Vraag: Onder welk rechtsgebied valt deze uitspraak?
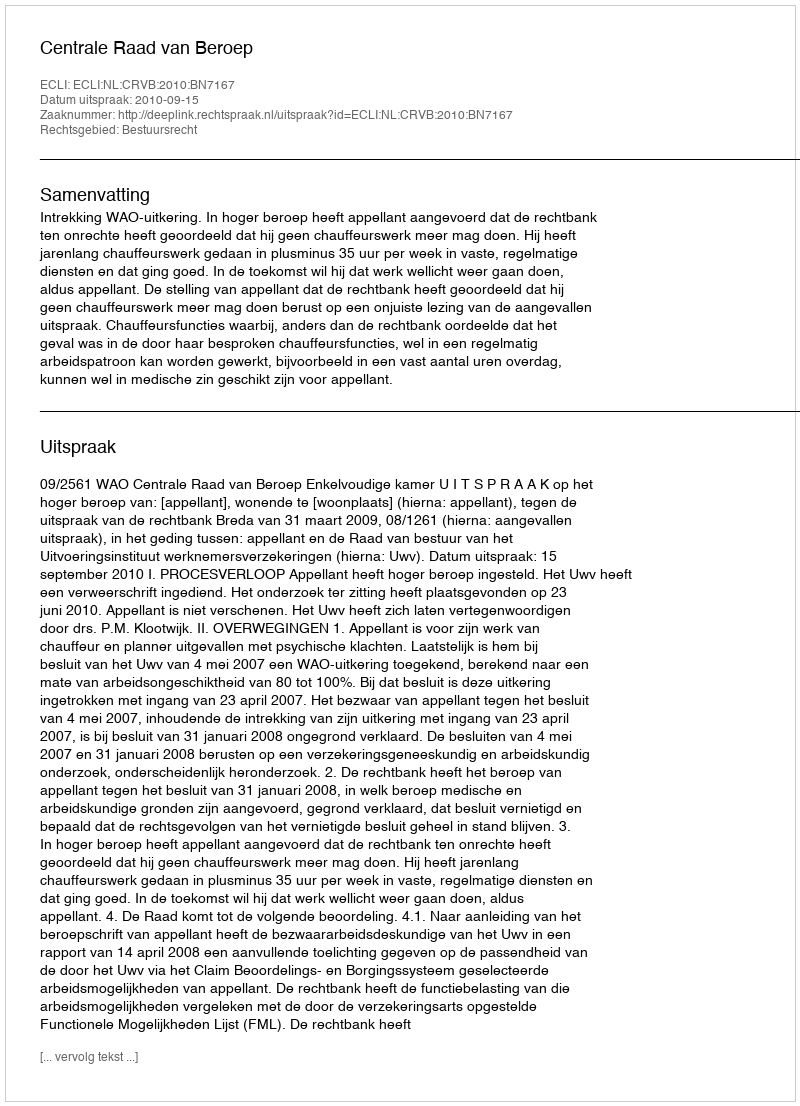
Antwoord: Bestuursrecht